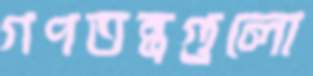
গণতন্ত্রগুলো